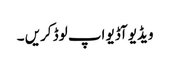
ویڈیو آڈیو اپ لوڈ کریں ۔